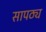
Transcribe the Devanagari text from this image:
सापठ्य